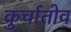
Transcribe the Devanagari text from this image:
कुर्चातोव